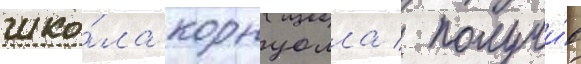
шко́ла корнуолла / получи́в